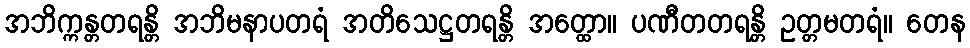
အဘိက္ကန္တတရန္တိ အဘိမနာပတရံ အတိသေဋ္ဌတရန္တိ အတ္ထော။ ပဏီတတရန္တိ ဥတ္တမတရံ။ တေန